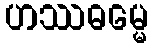
ဟဿဓမ္မေ